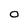
Character: O